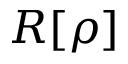
R [ \rho ]